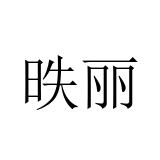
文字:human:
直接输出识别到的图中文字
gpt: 昳丽